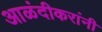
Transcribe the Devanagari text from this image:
आळंदीकरांनी